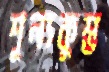
শূন্যকুম্ভ